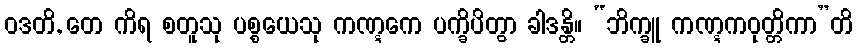
ဝဒတိ, တေ ကိရ စတူသု ပစ္စယေသု ကဏ္ဋကေ ပက္ခိပိတွာ ခါဒန္တိ။ “ဘိက္ခူ ကဏ္ဋကဝုတ္တိကာ”တိ